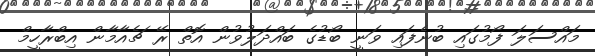
މައްސަލަ ފޯމުގައި ބުނެފައި ވަނީ ބޯޑުގެ ބައްދަލުވުން އޮތް ރޭ ޗެއާމާން އިބްރާހީމް